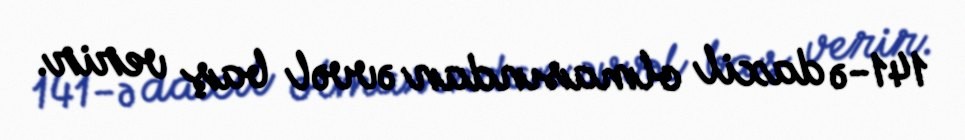
141-ə daxil olmasından əvvəl baş verir.